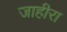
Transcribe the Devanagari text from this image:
जाहीरा